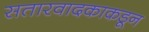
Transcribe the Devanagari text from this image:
सतारवादकाकडून